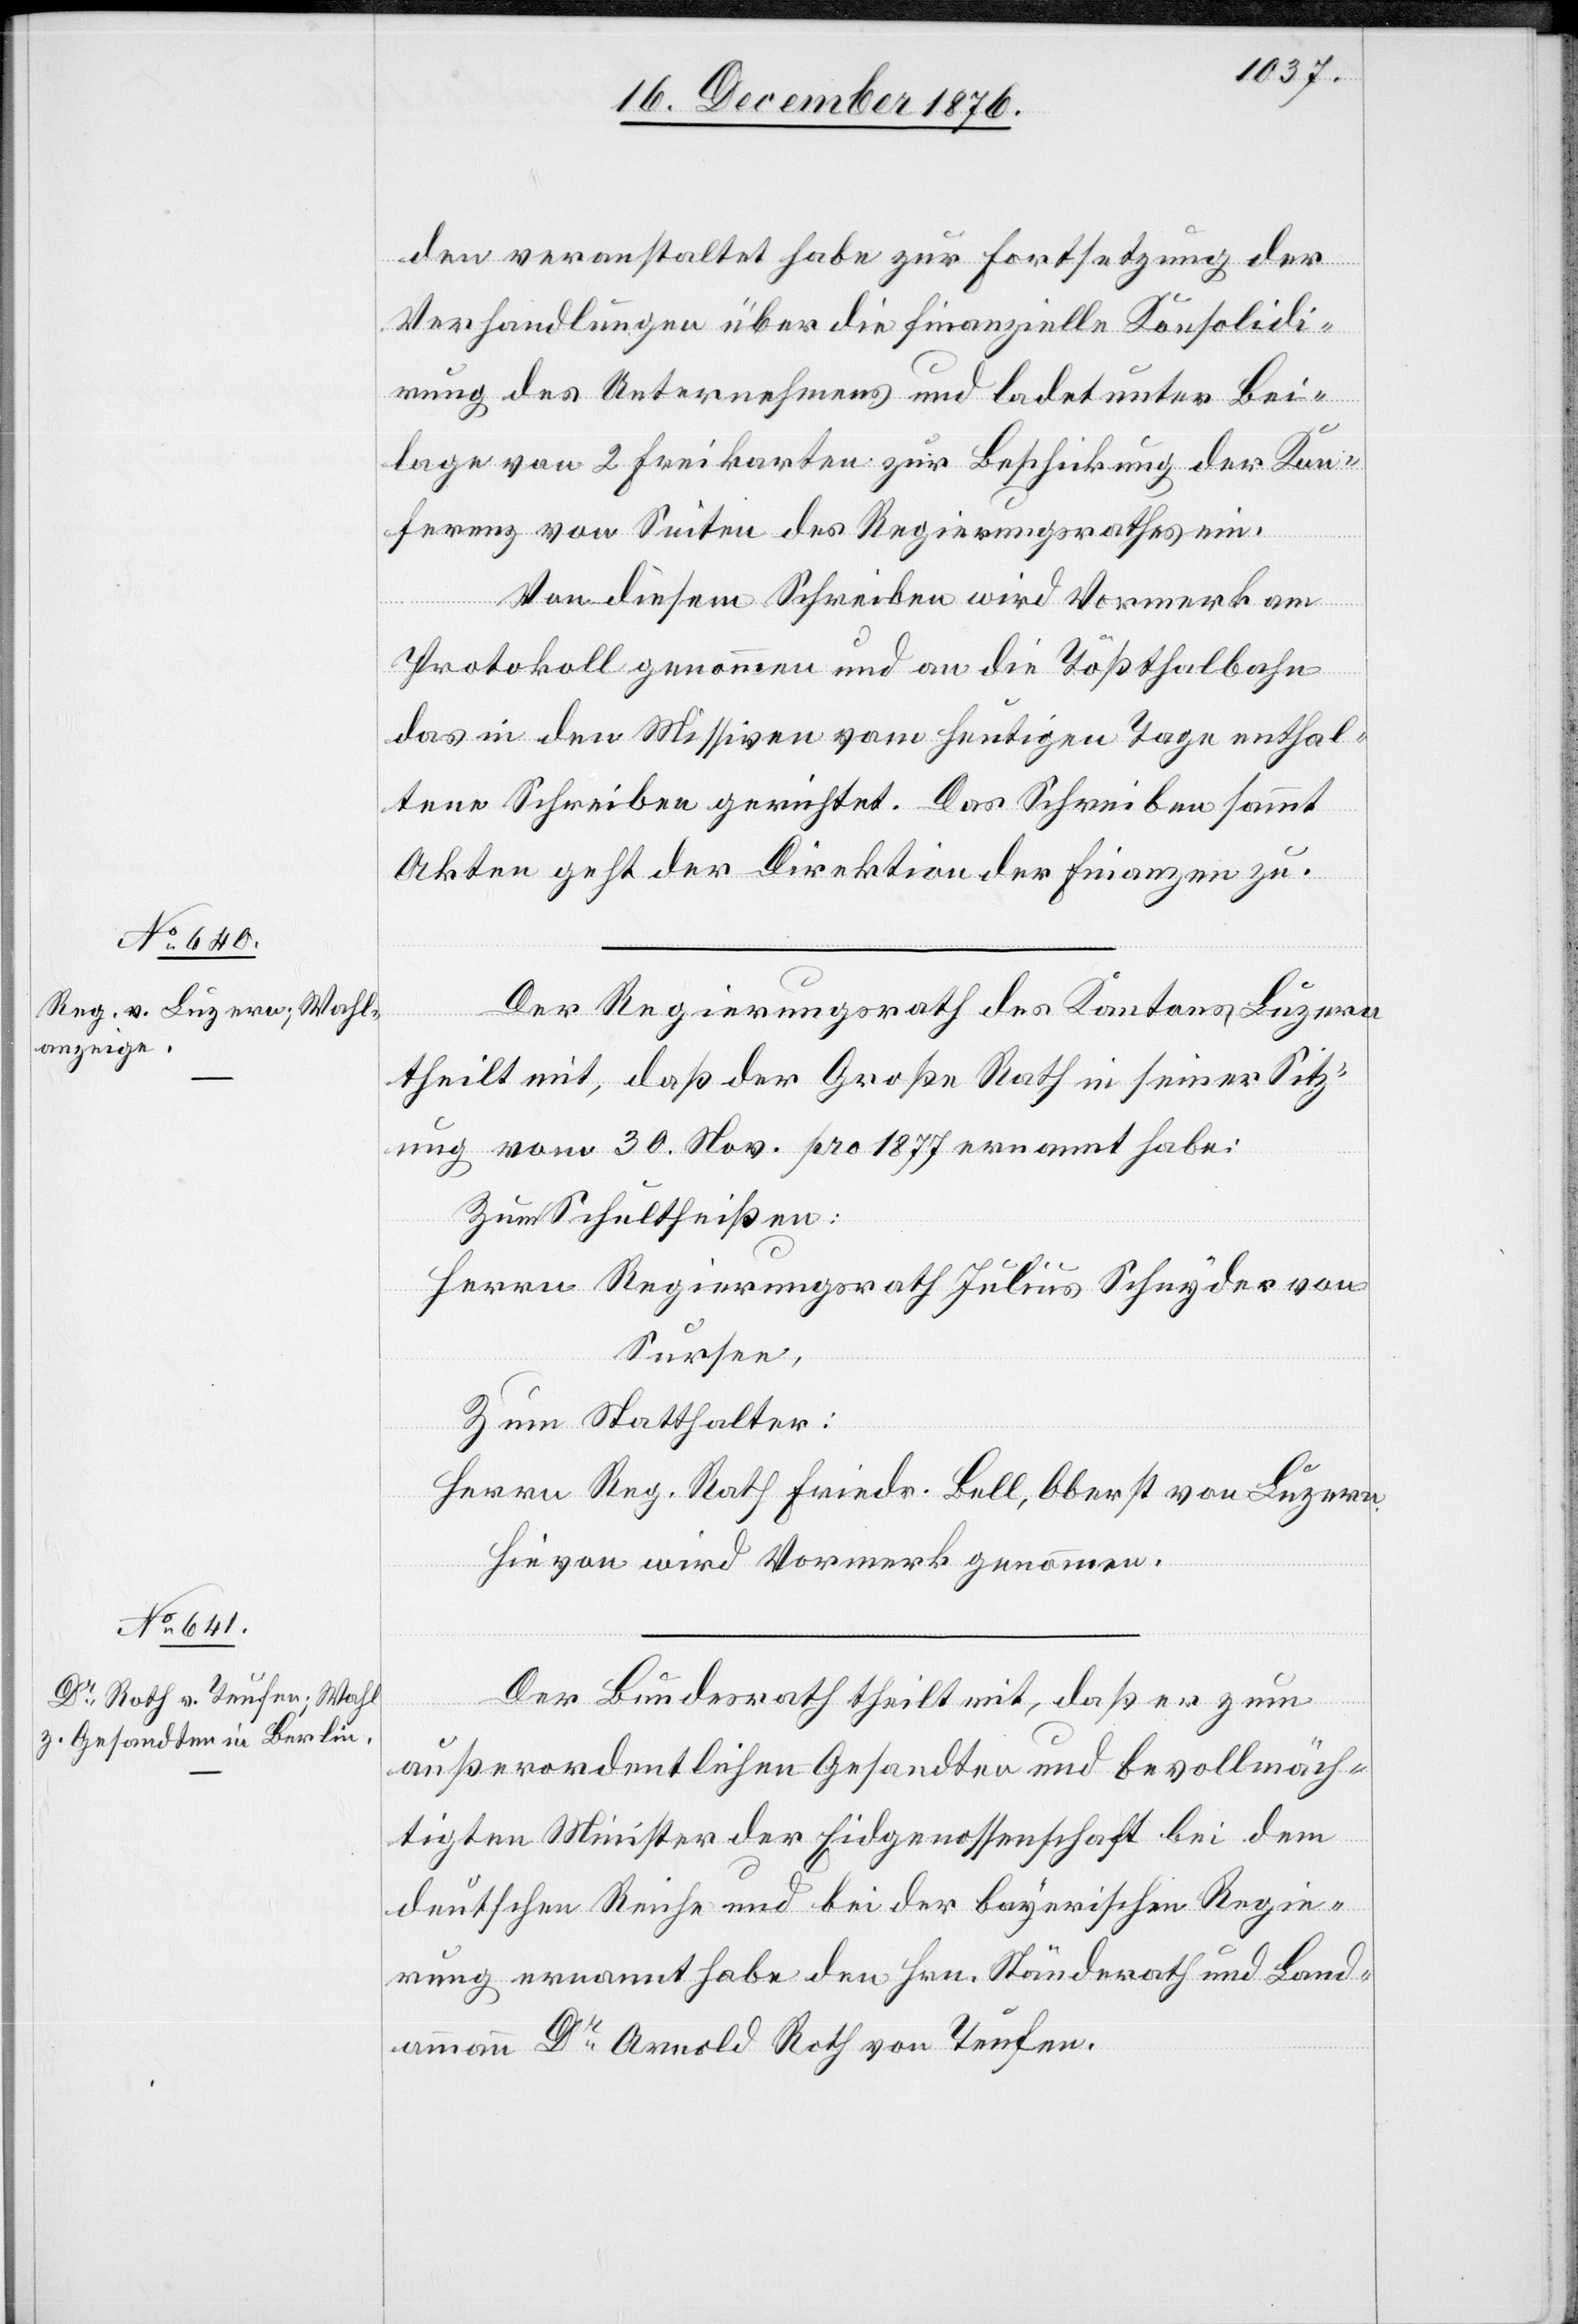
den veranstaltet habe zur Fortsetzung der
Verhandlungen über die finanzielle Konsolidi¬
rung des Unternehmens und ladet unter Bei¬
lage von 2 Freikarten zur Beschickung der Kon¬
ferenz von Seiten des Regierungsrathes ein.
Von diesem Schreiben wird Vormerk am
Protokoll genommen und an die Tößthalbahn
das in den Missiven vom heutigen Tage enthal¬
tene Schreiben gerichtet. Das Schreiben sammt
Akten geht an die Direktion der Finanzen zu
Der Regierungsrath des Kantons Luzern
theilt mit, daß der Große Rath in seiner Sitz¬
ung vom 30. Nov. pro 1877 ernannt habe:
Zum Schultheißen:
Herrn Regierungsrath Julius Schnyder von
Akten].
Sursee,
Zum Statthalter:
Herr Reg. Rath Friedr. Bell, Oberst von Luzern.
Hievon wird Vormerk genommen.
Der Bundesrath theilt mit, daß er zum
außerordentlichen Gesandten und bevollmäch¬
tigten Minister der Eidgenossenschaft bei dem
deutschen Reiche und bei der bayerischen Regie¬
rung ernannt habe den Hrn. Ständerath und Land¬
ammann Dr Arnold Roth von Teufen.